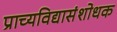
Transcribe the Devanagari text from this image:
प्राच्यविद्यासंशोधक